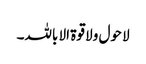
لا حول ولا قوۃ الا باللہ۔